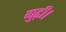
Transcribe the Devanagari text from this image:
गुढ़ी।